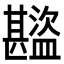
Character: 𬐾